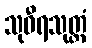
သုဝီရသုတ္တံ